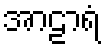
အာဠာရံ